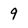
Character: 9